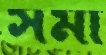
সমী